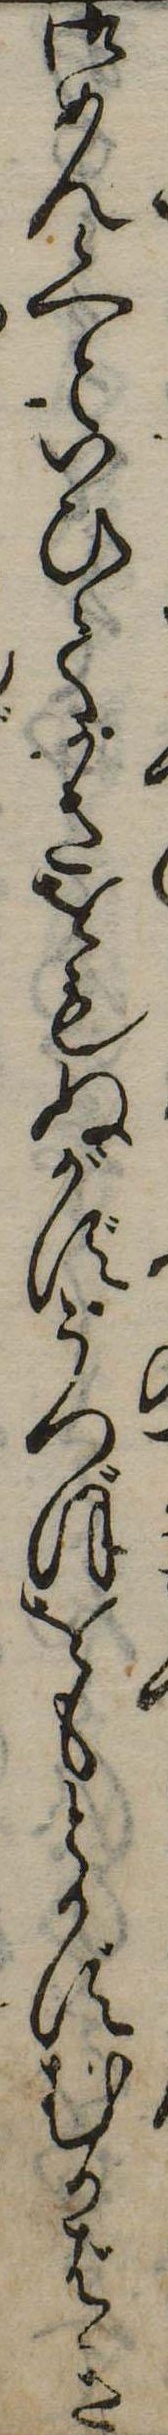
御めん候へといひてかさをもぬがずうつぼをもとかずむかばき